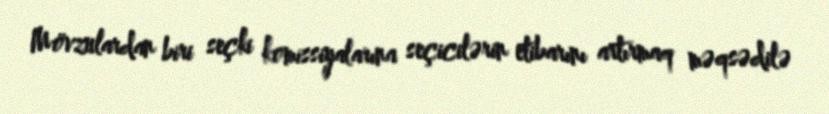
Mövzulardan biri seçki komissiyalarına seçicilərin etibarını artırmaq məqsədilə